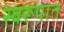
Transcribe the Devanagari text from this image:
स्‍वरूपात